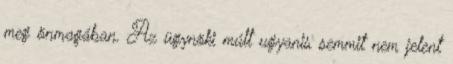
meg önmagában. Az ügynöki múlt ugyanis semmit nem jelent